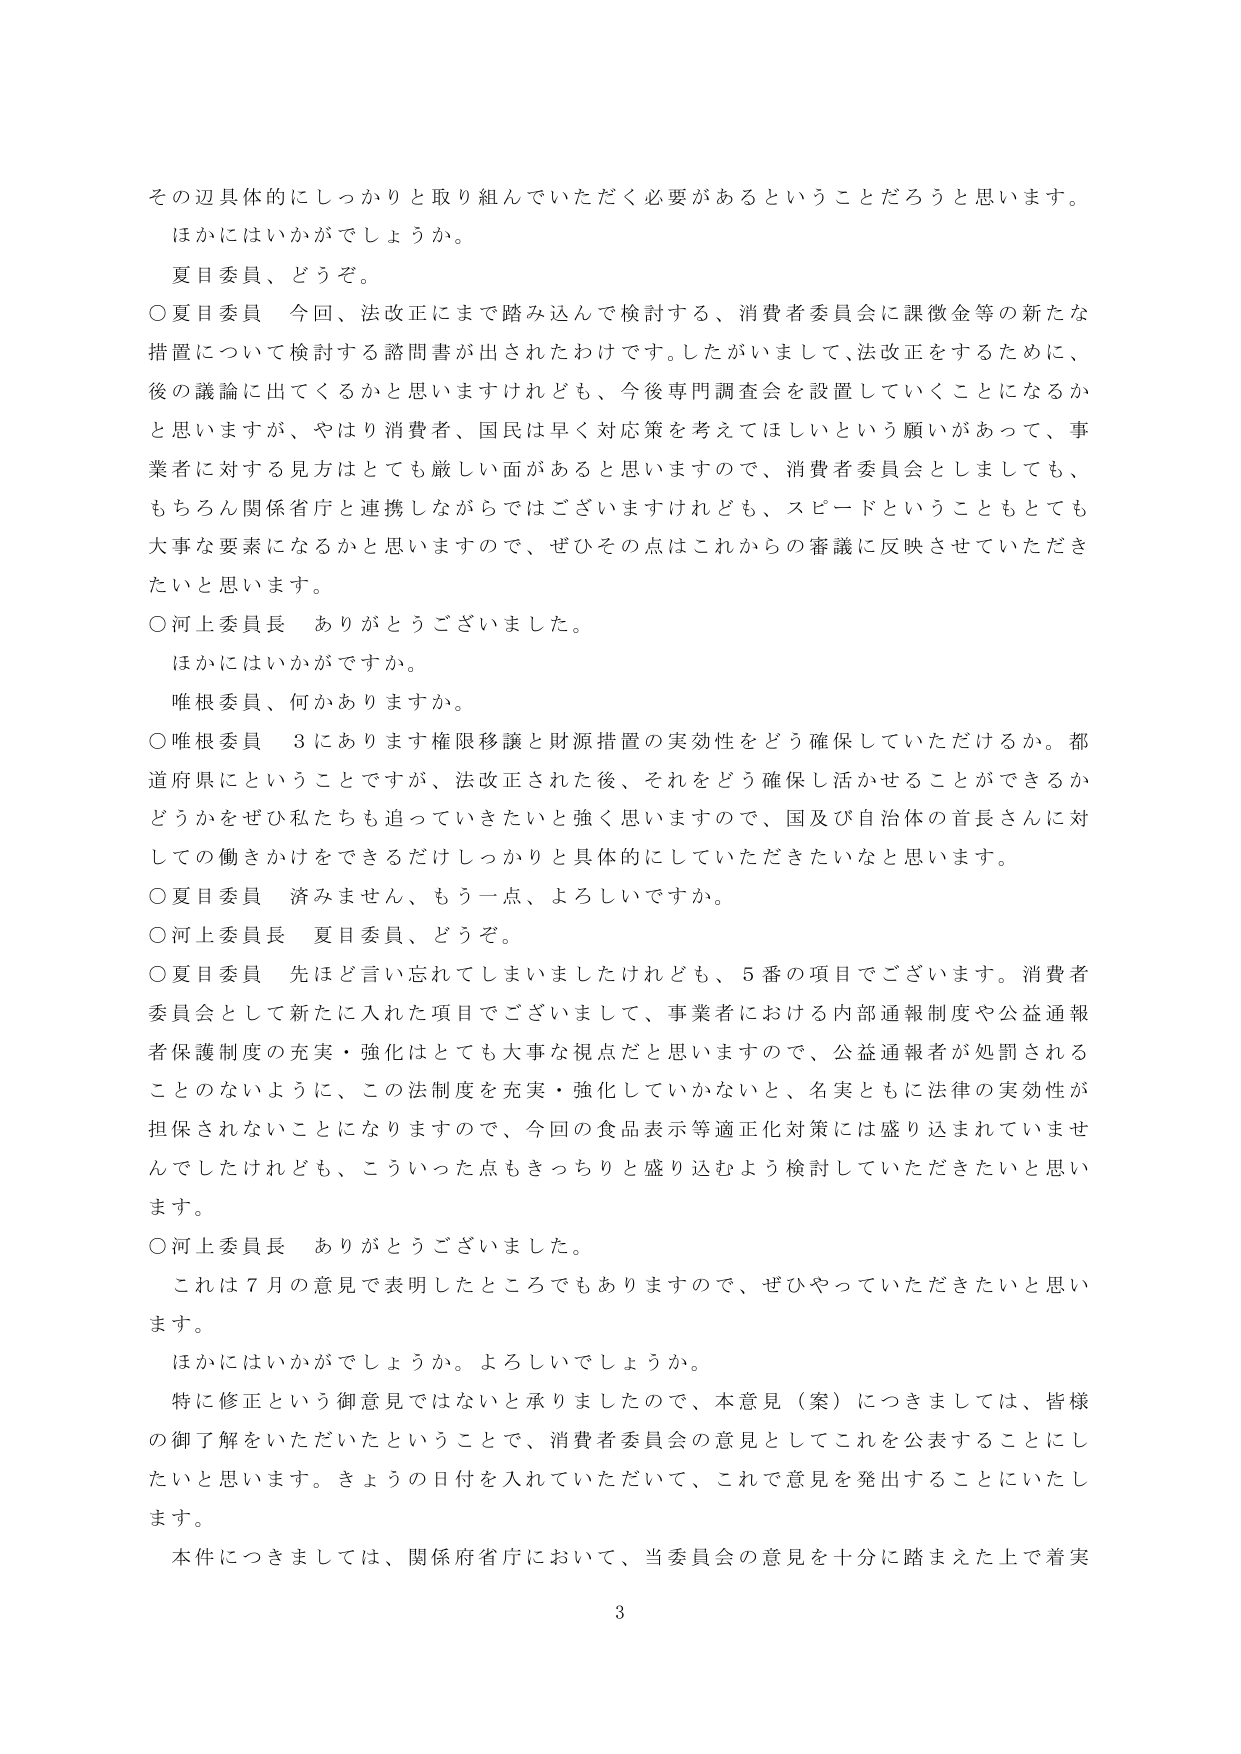
その辺具体的にしっかりと取り組んでいただく必要があるということだろうと思います。
ほかにはいかがでしょうか。
夏目委員、どうぞ。
○夏目委員　今回、法改正にまで踏み込んで検討する、消費者委員会に課徴金等の新たな措置について検討する諮問書が出されたわけです。したがいまして、法改正をするために、後の議論に出てくるかと思いますけれども、今後専門調査会を設置していくことになるかと思いますが、やはり消費者、国民は早く対応策を考えてほしいという願いがあって、事業者に対する見方はとても厳しい面があると思いますので、消費者委員会としましても、もちろん関係省庁と連携しながらではございますけれども、スピードということもとても大事な要素になるかと思いますので、ぜひその点はこれからの審議に反映させていただきたいと思います。
○河上委員長　ありがとうございました。
ほかにはいかがですか。
唯根委員、何かありますか。
○唯根委員　3にあります権限移譲と財源措置の実効性をどう確保していただけるか。都道府県にということですが、法改正された後、それをどう確保し活かせることができるかどうかをぜひ私たちも追っていきたいと強く思いますので、国及び自治体の首長さんに対しての働きかけをできるだけしっかりと具体的にしていただきたいなと思います。
○夏目委員　済みません、もう一点、よろしいですか。
○河上委員長　夏目委員、どうぞ。
○夏目委員　先ほど言い忘れてしまいましたけれども、5番の項目でございます。消費者委員会として新たに入れた項目でございまして、事業者における内部通報制度や公益通報者保護制度の充実・強化はとても大事な視点だと思いますので、公益通報者が処罰されることのないように、この法制度を充実・強化していかないと、名実ともに法律の実効性が担保されないことになりますので、今回の食品表示等適正化対策には盛り込まれていませんでしたけれども、こういった点もきっちりと盛り込むよう検討していただきたいと思います。
○河上委員長　ありがとうございました。
これは7月の意見で表明したところでもありますので、ぜひやっていただきたいと思います。
ほかにはいかがでしょうか。よろしいでしょうか。
特に修正という御意見ではないと承りましたので、本意見（案）につきましては、皆様の御了解をいただいたということで、消費者委員会の意見としてこれを公表することにしたいと思います。きょうの日付を入れていただいて、これで意見を発出することにいたします。
本件につきましては、関係府省庁において、当委員会の意見を十分に踏まえた上で着実
3